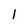
Character: l